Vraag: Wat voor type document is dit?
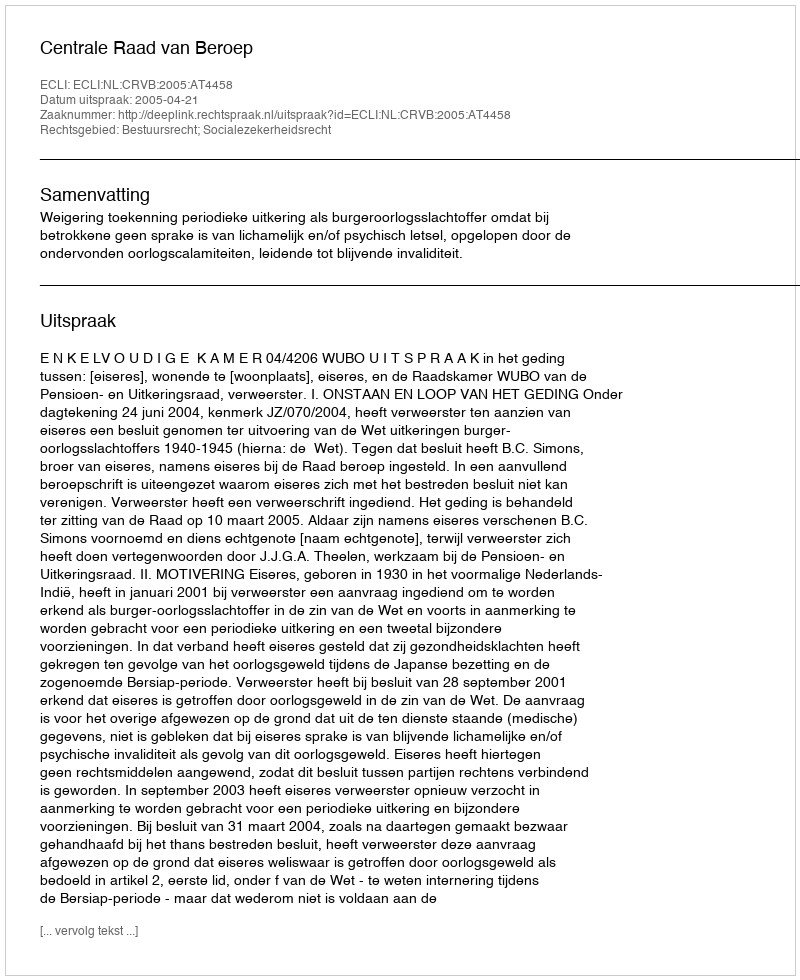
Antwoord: Uitspraak